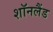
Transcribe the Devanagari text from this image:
शॉनलैंड